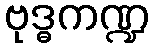
ဗုဒ္ဓကဏ္ဍ